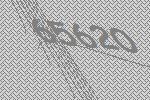
65620